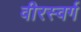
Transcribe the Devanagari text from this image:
वीरस्वर्ग